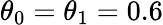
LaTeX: \theta_{0}=\theta_{1}=0.6